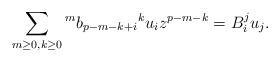
LaTeX: \begin{align*}\sum_{m\geq 0, k\geq 0} {^mb}_{p-m-k+i}{^ku}_iz^{p-m-k}=B_i^ju_j.\end{align*}